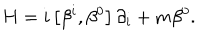
LaTeX: H = i \left[ \beta ^ { i } , \beta ^ { 0 } \right] \partial _ { i } + m \beta ^ { 0 } .